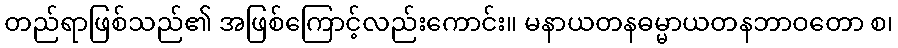
တည်ရာဖြစ်သည်၏ အဖြစ်ကြောင့်လည်းကောင်း။ မနာယတနဓမ္မာယတနဘာဝတော စ၊